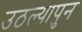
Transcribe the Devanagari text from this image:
उठल्यापुन